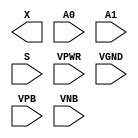
module sky130_fd_sc_hvl__mux2 (
    X   ,
    A0  ,
    A1  ,
    S   ,
    VPWR,
    VGND,
    VPB ,
    VNB
);

    output X   ;
    input  A0  ;
    input  A1  ;
    input  S   ;
    input  VPWR;
    input  VGND;
    input  VPB ;
    input  VNB ;
endmodule